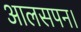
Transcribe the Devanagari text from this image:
आलसपन।